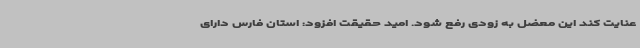
عنایت کند این معضل به زودی رفع شود. امید حقیقت افزود: استان فارس دارای